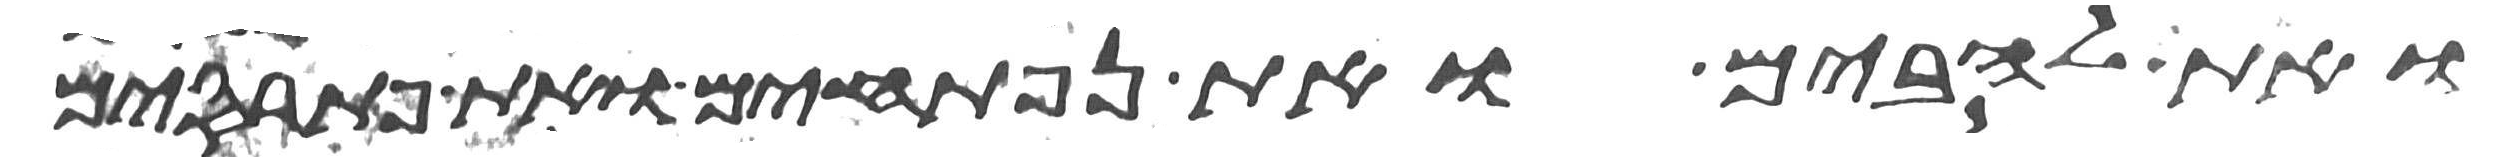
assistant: ואת להבים ואת נפתחים ואת פתרסים